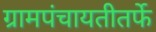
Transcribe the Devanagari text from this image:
ग्रामपंचायतीतर्फे